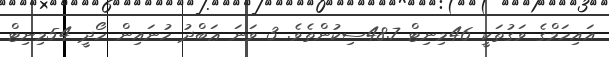
އައިހަމްގެ ވަގުތަކީ 46މިނިޓް 48.7ސިކުންތެވެ. 3 ވަނަ ޢަބްދު ހުނައިން ހޯދީ 54މިނިޓް